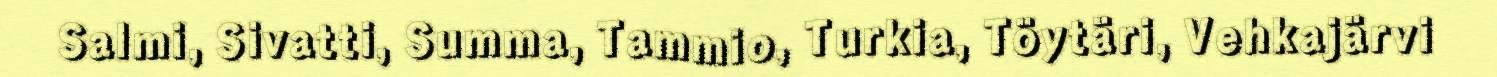
Salmi, Sivatti, Summa, Tammio, Turkia, Töytäri, Vehkajärvi